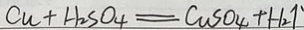
C u + H _ { 2 } S O _ { 4 } = C u S O _ { 4 } + H _ { 2 } \uparrow